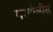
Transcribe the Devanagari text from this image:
मरगोलीस